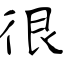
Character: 很